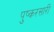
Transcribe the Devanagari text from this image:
पुष्करसारी